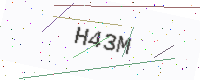
Text: H43M